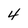
Character: 4